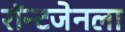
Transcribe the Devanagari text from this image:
रॉन्टजेनला